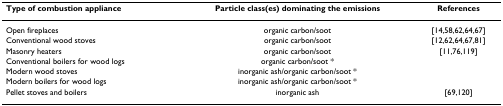
| Type of combustion appliance | Particle class(es) dominating the emissions | References |
 | --- | --- | --- |
 | Open fireplaces | organic carbon/soot | [14,58,62,64,67] |
 | Conventional wood stoves | organic carbon/soot | [12,62,64,67,81] |
 | Masonry heaters | organic carbon/soot | [11,76,119] |
 | Conventional boilers for wood logs | organic carbon/soot * |  |
 | Modern wood stoves | inorganic ash/organic carbon/soot * |  |
 | Modern boilers for wood logs | inorganic ash/organic carbon/soot * |  |
 | Pellet stoves and boilers | inorganic ash | [69,120] |